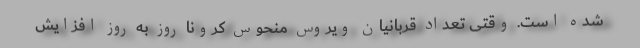
شده است. وقتی تعداد قربانیان ویروس منحوس کرونا روز به روز افزایش